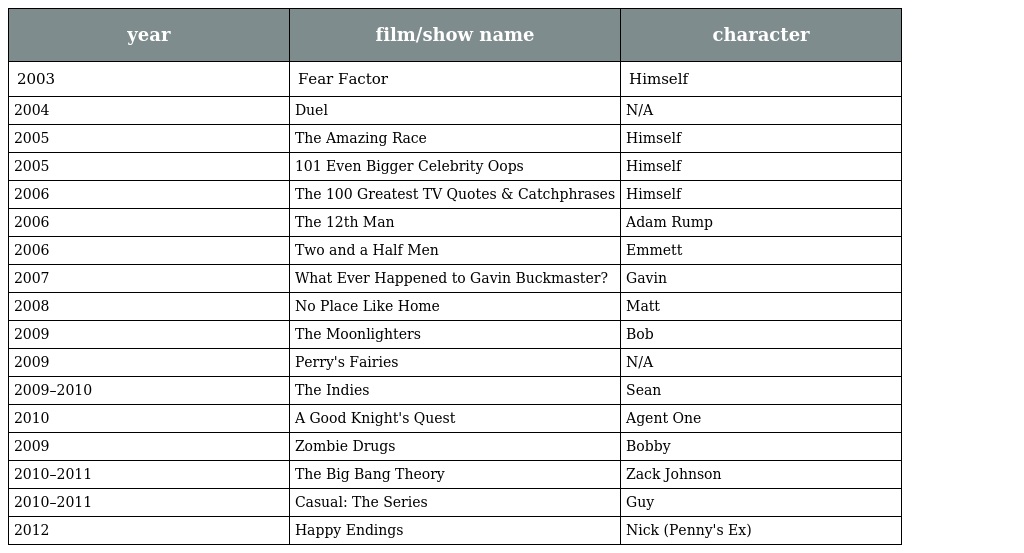
| year | film/show name | character |
 | --- | --- | --- |
 | 2003 | Fear Factor | Himself |
 | 2004 | Duel | N/A |
 | 2005 | The Amazing Race | Himself |
 | 2005 | 101 Even Bigger Celebrity Oops | Himself |
 | 2006 | The 100 Greatest TV Quotes & Catchphrases | Himself |
 | 2006 | The 12th Man | Adam Rump |
 | 2006 | Two and a Half Men | Emmett |
 | 2007 | What Ever Happened to Gavin Buckmaster? | Gavin |
 | 2008 | No Place Like Home | Matt |
 | 2009 | The Moonlighters | Bob |
 | 2009 | Perry's Fairies | N/A |
 | 2009–2010 | The Indies | Sean |
 | 2010 | A Good Knight's Quest | Agent One |
 | 2009 | Zombie Drugs | Bobby |
 | 2010–2011 | The Big Bang Theory | Zack Johnson |
 | 2010–2011 | Casual: The Series | Guy |
 | 2012 | Happy Endings | Nick (Penny's Ex) |